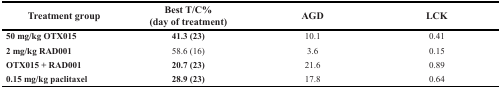
| Treatment group | Best T/C% (day of treatment) | AGD | LCK |
 | --- | --- | --- | --- |
 | 50 mg/kg OTX015 | 41.3 (23) | 10.1 | 0.41 |
 | 2 mg/kg RAD001 | 58.6 (16) | 3.6 | 0.15 |
 | OTX015 + RAD001 | 20.7 (23) | 21.6 | 0.89 |
 | 0.15 mg/kg paclitaxel | 28.9 (23) | 17.8 | 0.64 |